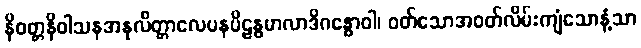
နိဝတ္တနိဝါသနအနုလိတ္တာလေပနပိဠန္ဓမာလာဒိဂန္ဓောဝါ၊ ဝတ်သောအဝတ်လိမ်းကျံသောနံ့သာ